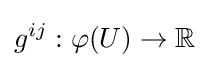
g^{ij}:\varphi (U)\rightarrow \mathbb {R}